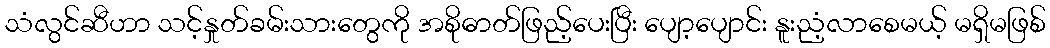
သံလွင်ဆီဟာ သင့်နှုတ်ခမ်းသားတွေကို အစိုဓာတ်ဖြည့်ပေးပြီး ပျော့ပျောင်း နူးညံ့လာစေမယ့် မရှိမဖြစ်